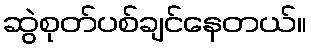
ဆွဲစုတ်ပစ်ချင်နေတယ်။